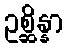
ဥစ္ဆိန္နာ